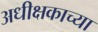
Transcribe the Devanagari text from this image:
अधीक्षकाच्या